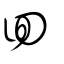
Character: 回